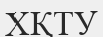
ХҚТУ